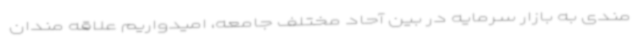
مندی به بازار سرمایه در بین آحاد مختلف جامعه، امیدواریم علاقه مندان